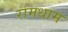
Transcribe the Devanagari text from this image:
रामधाम